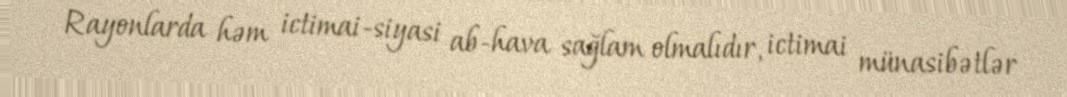
Rayonlarda həm ictimai-siyasi ab-hava sağlam olmalıdır, ictimai münasibətlər